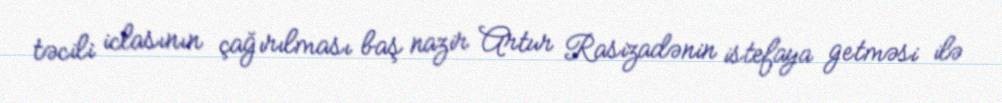
təcili iclasının çağırılması baş nazir Artur Rasizadənin istefaya getməsi ilə